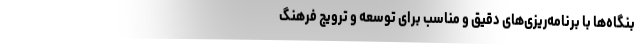
بنگاه‌ها با برنامه‌ریزی‌های دقیق و مناسب برای توسعه و ترویج فرهنگ